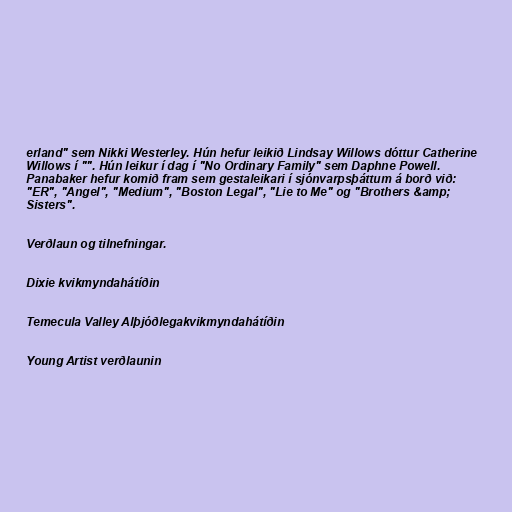
erland" sem Nikki Westerley. Hún hefur leikið Lindsay Willows dóttur Catherine
Willows í "". Hún leikur í dag í "No Ordinary Family" sem Daphne Powell.
Panabaker hefur komið fram sem gestaleikari í sjónvarpsþáttum á borð við:
"ER", "Angel", "Medium", "Boston Legal", "Lie to Me" og "Brothers &amp;
Sisters".

Verðlaun og tilnefningar.

Dixie kvikmyndahátíðin

Temecula Valley Alþjóðlegakvikmyndahátíðin

Young Artist verðlaunin